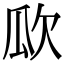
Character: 𣢚